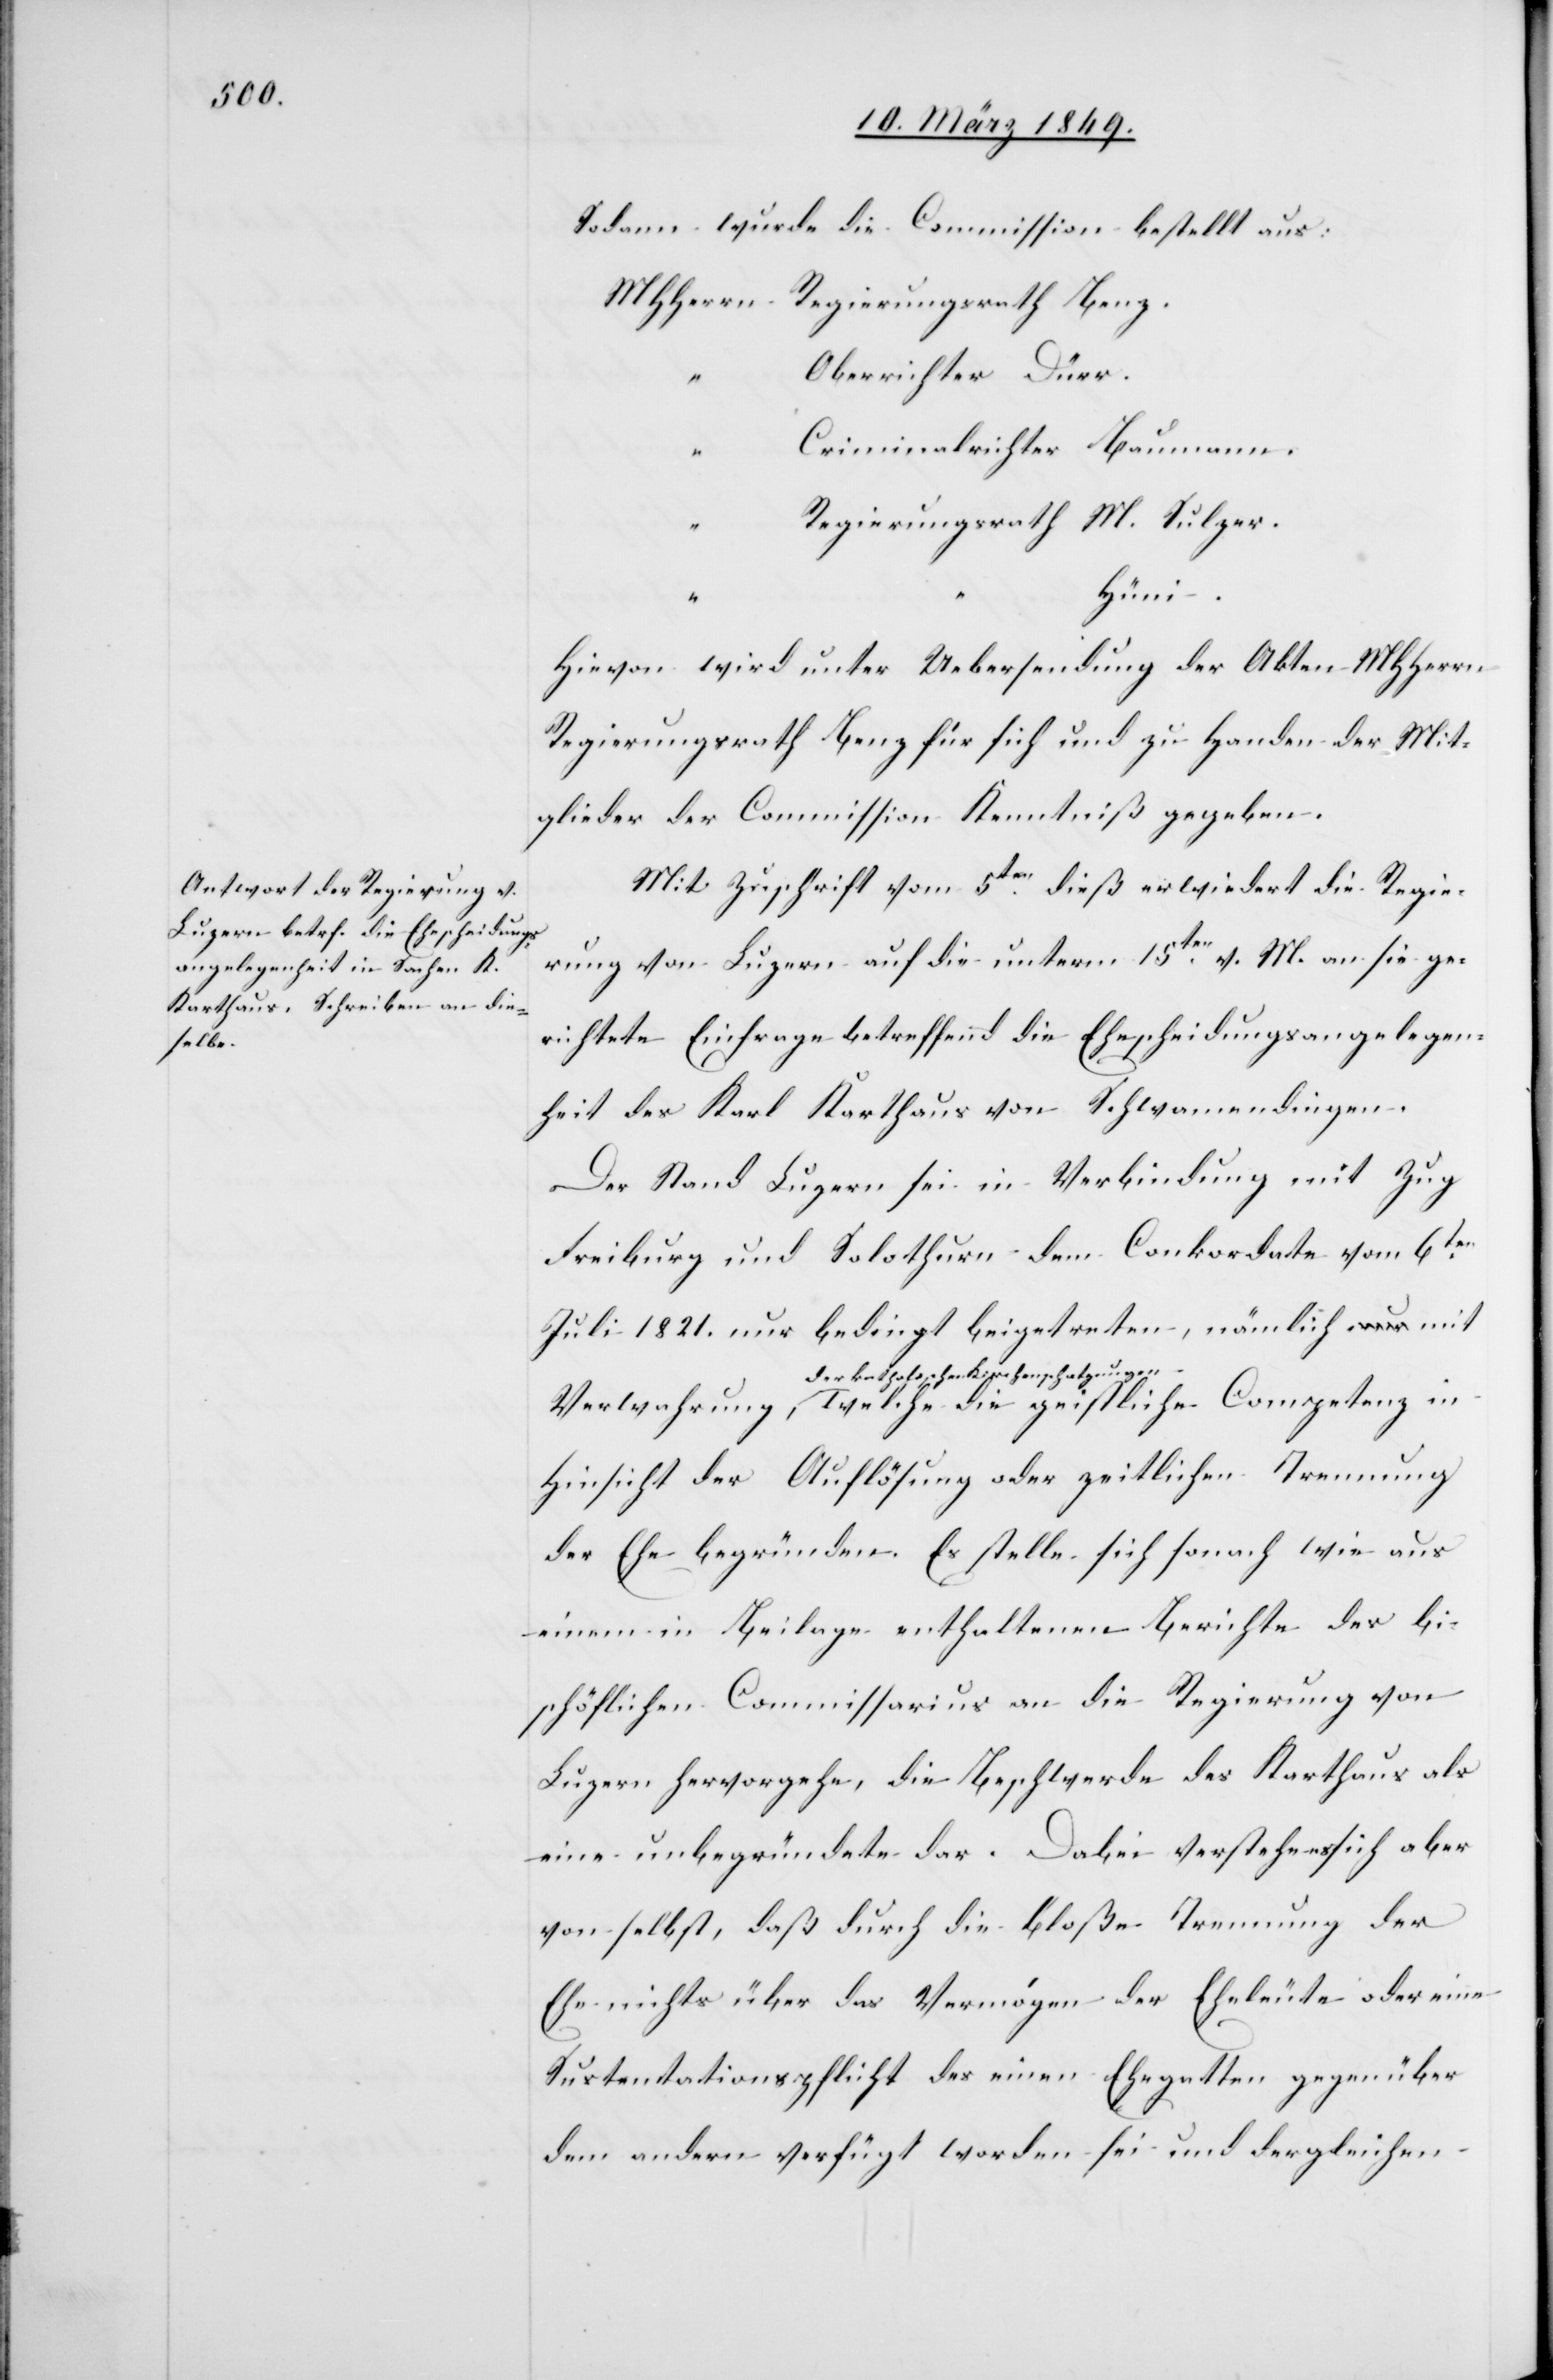
Sodann wurde die Commission bestellt aus:
MHHerrn Regierungsrath Benz.
Oberrichter Dürr.
Criminalrichter Baumann.
Regierungsrath M. Sulzer.
Hüni.
Hievon wird unter Uebersendung der Akten MHHerrn
Regierungsrath Benz für sich und zu Handen der Mit¬
glieder der Commission Kenntniß gegeben.
Mit Zuschrift vom 5ten. dieß erwiedert die Regie¬
rung von Luzern auf die unterm 15ten. v. M. an sie ge¬
richtete Einfrage betreffend die Ehescheidungsangelegen¬
heit des Karl Karthaus von Schwamendingen.
Der Stand Luzern sei in Verbindung mit Zug
Freiburg und Solothurn dem Conkordate vom 6ten.
Juli 1821. nur bedingt beigetreten, nämlich mit
der katholischen Kirchenschatzungen,
Hinsicht der Auflösung oder zeitlichen Trennung
der Ehe begründen. Es stelle sich sonach wie aus
einem in Beilage enthaltenen Berichte des bi¬
schöflichen Commissarius an die Regierung von
Luzern hervorgehe, die Beschwerde des Karthaus als
eine unbegründete dar. Dabei verstehe es sich aber
von selbst, daß durch die bloße Trennung der
Ehe nichts über das Vermögen der Eheleute oder eine
Sustentationspflicht des einen Ehegatten gegenüber
dem andern verfügt worden sei und dergleichen